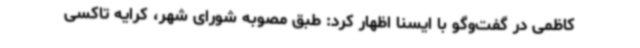
کاظمی در گفت‌وگو با ایسنا اظهار کرد: طبق مصوبه شورای شهر، کرایه تاکسی